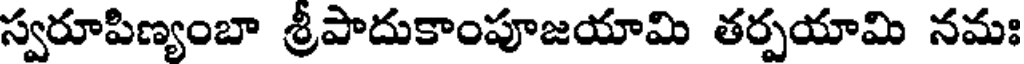
స్వరూపిణ్యంబా శ్రీపాదుకాంపూజయామి తర్పయామి నమః